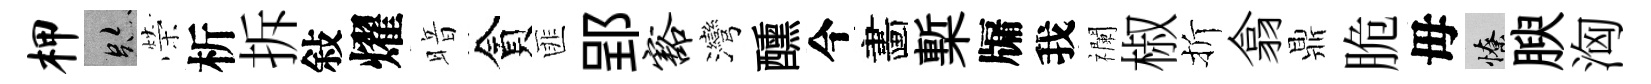
柙跡榮析拆敍燿暗貪匪郢豁灣醺今畵槧牖我襴椒折翕鼎脆毋憭腴洶